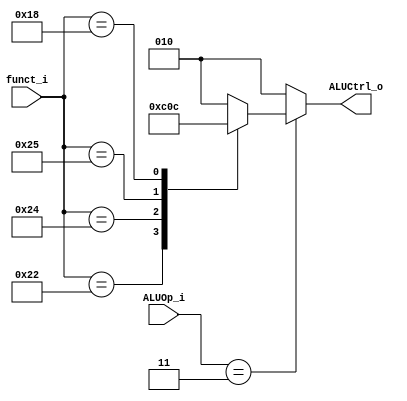
module ALU_Control
(
 funct_i,
 ALUOp_i,
 ALUCtrl_o
 );
   
   // Ports
   input [5:0]  funct_i;
   input [1:0]  ALUOp_i;
   output [2:0] ALUCtrl_o;

   
   reg [2:0] 	ALUCtrl_o;
   
   
always @(*)begin
    if(ALUOp_i==2'b11)
    begin
        case(funct_i)
	    6'b100000:ALUCtrl_o = 3'b010;//add
	    6'b100010:ALUCtrl_o = 3'b110;//sub
	    6'b100100:ALUCtrl_o = 3'b000;//and
	    6'b100101:ALUCtrl_o = 3'b001;//or
	    6'b011000:ALUCtrl_o = 3'b100;//mul
	    default:ALUCtrl_o = 3'b010;	
        endcase // case (ALUCtrl_o)
    end
	else
	begin
	    ALUCtrl_o=3'b010;
	end
end
   
   
   
endmodule